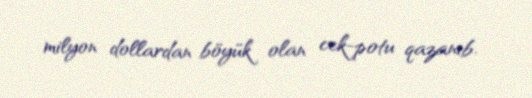
milyon dollardan böyük olan cek-potu qazanıb.